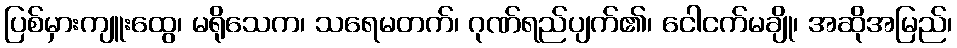
ပြစ်မှားကျူးထွေ၊ မရိုသေက၊ သရေမတက်၊ ဂုဏ်ရည်ပျက်၏၊ ငေါငက်မချို၊ အဆိုအမြည်၊